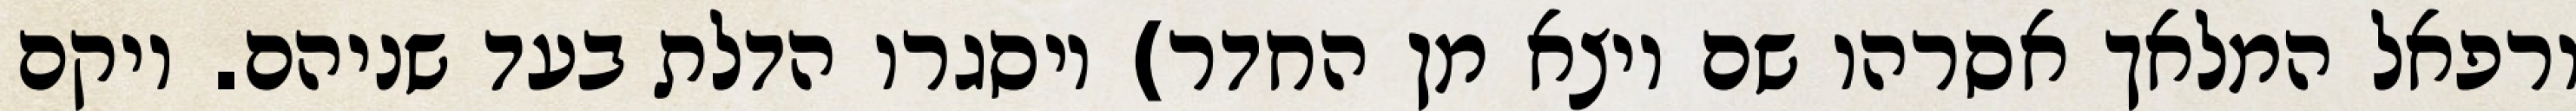
ורפאל המלאך אסרהו שם ויצא מן החדר) ויסגרו הדלת בעד שניהם. ויקם